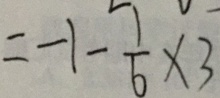
= - 1 - \frac { 1 } { 6 } \times 3